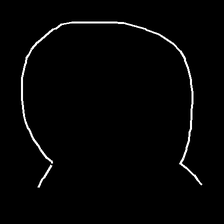
Glyph: weave